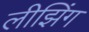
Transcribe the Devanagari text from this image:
लीझिंग